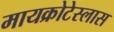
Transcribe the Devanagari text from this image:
मायक्रोटेस्लास